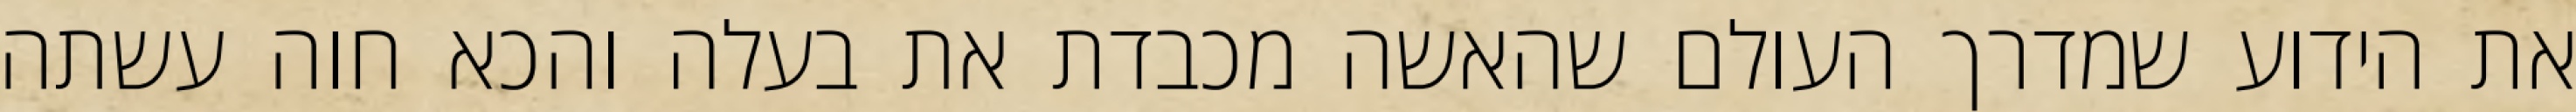
את הידוע שמדרך העולם שהאשה מכבדת את בעלה והכא חוה עשתה